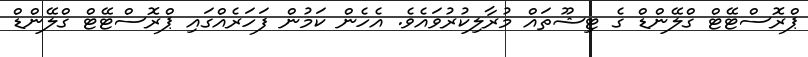
ޕްރޮސްޓޭޓް ގްލޭންޑް ގެ ޓިޝޫތައް މުރާލިކުރުވައެވެ. އެހެން ކަމުން ފަހަރެއްގައި ޕްރޮސްޓޭޓް ގްލޭންޑް